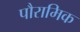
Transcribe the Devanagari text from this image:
पौरामिक